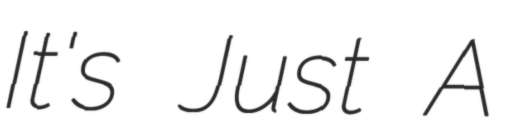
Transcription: It's Just A